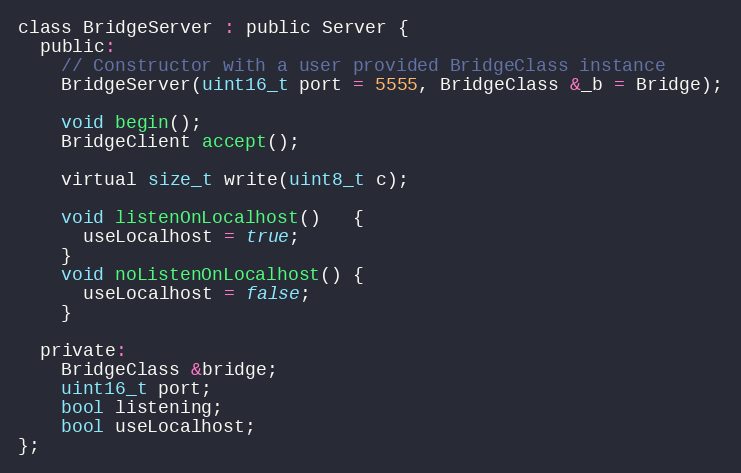
Language: C
class BridgeServer : public Server {
  public:
    // Constructor with a user provided BridgeClass instance
    BridgeServer(uint16_t port = 5555, BridgeClass &_b = Bridge);

    void begin();
    BridgeClient accept();

    virtual size_t write(uint8_t c);

    void listenOnLocalhost()   {
      useLocalhost = true;
    }
    void noListenOnLocalhost() {
      useLocalhost = false;
    }

  private:
    BridgeClass &bridge;
    uint16_t port;
    bool listening;
    bool useLocalhost;
};